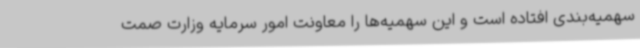
سهمیه‌بندی افتاده است و این سهمیه‌ها را معاونت امور سرمایه وزارت صمت